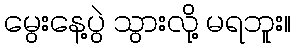
မွေးနေ့ပွဲ သွားလို့ မရဘူး။